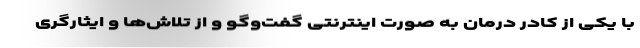
با یکی از کادر درمان به صورت اینترنتی گفت‌وگو و از تلاش‌ها و ایثارگری